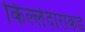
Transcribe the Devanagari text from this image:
किल्लेदाराकडे